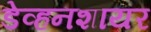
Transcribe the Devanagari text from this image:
डेव्हनशायर